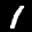
Label: 1